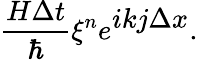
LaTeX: \frac{H\Delta t}{\hbar}\xi^{n}e^{\displaystyle ikj\Delta x}.